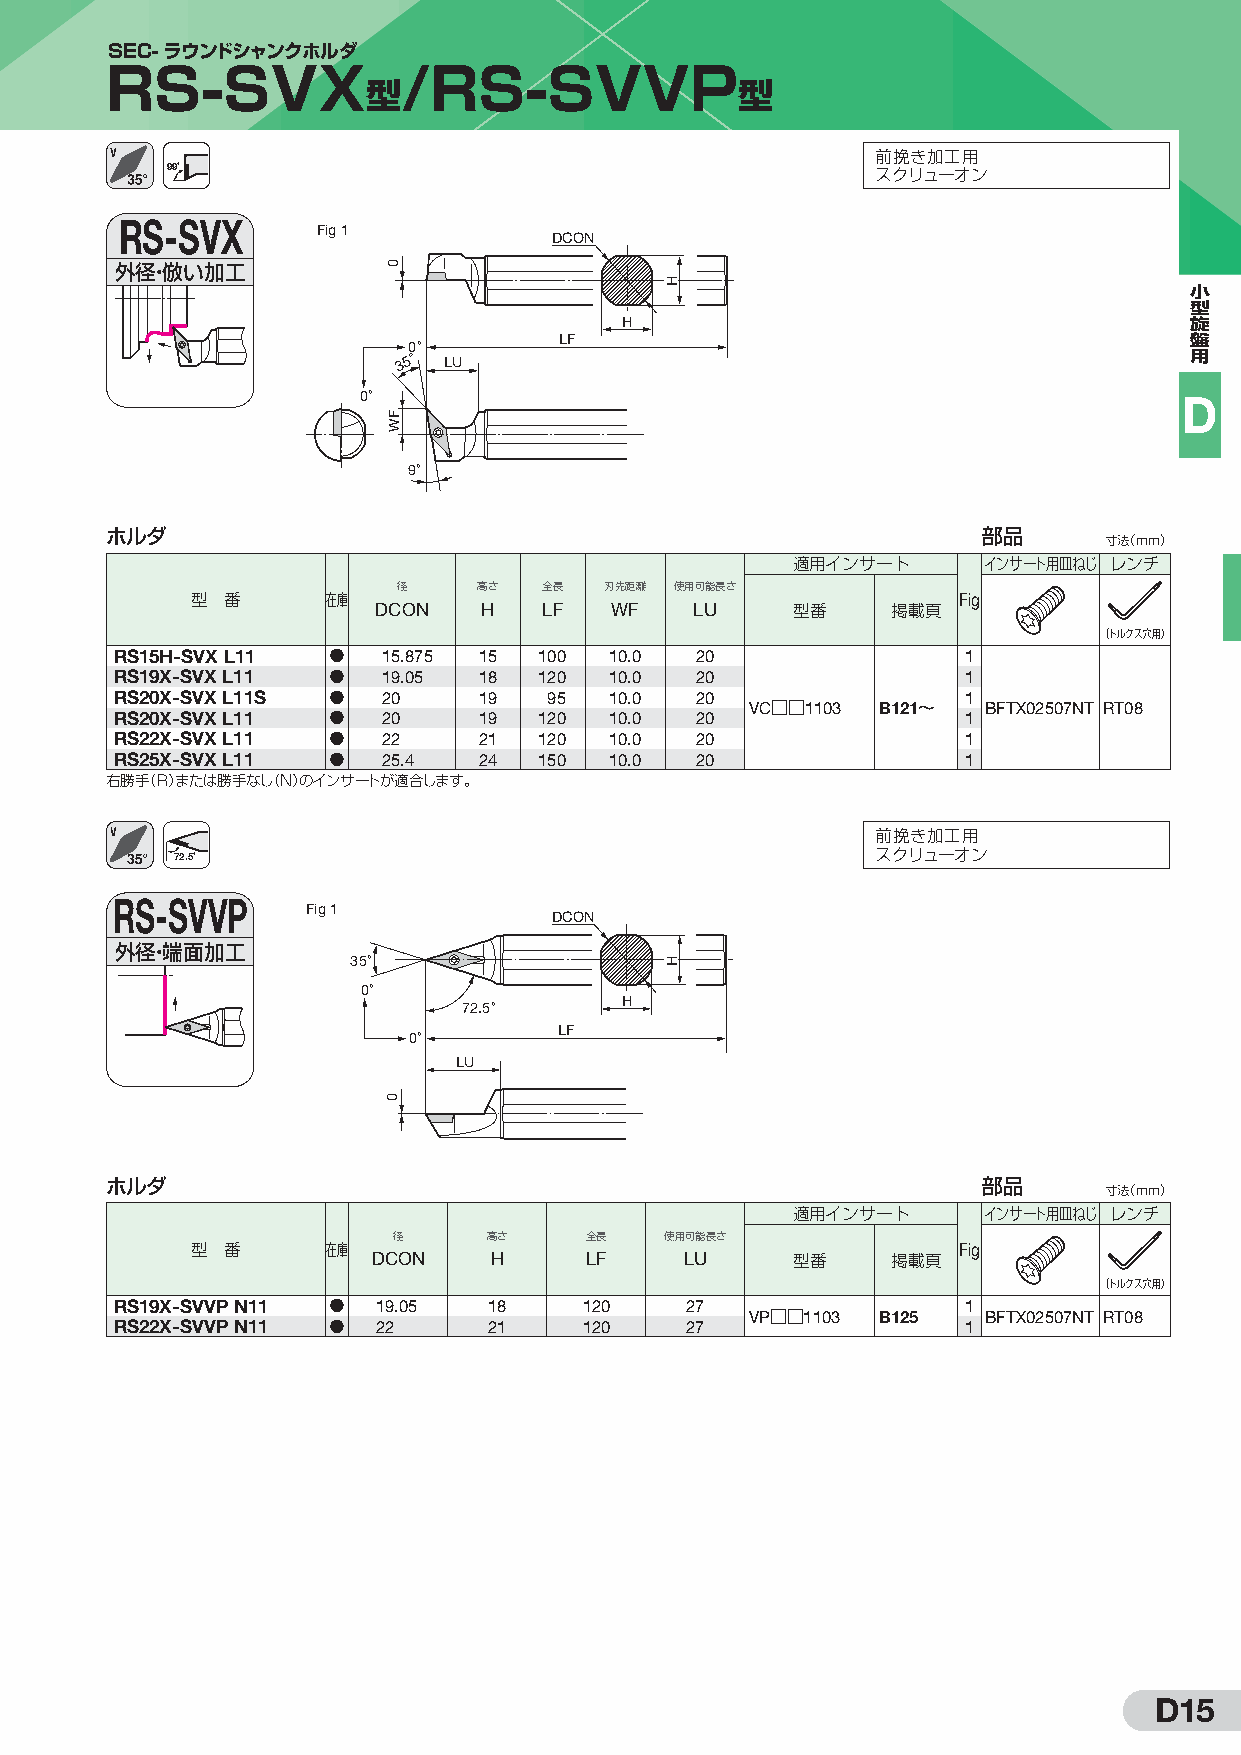
SEC-ラウンドシャンクホルダ
 RS-SVX              /RS-SVVP
 型                        型
 前挽き加工用
 99˚
 スクリューオン
 RS-SVX
 Fig 1
 DCON
 外径・倣い加工
 小
 型
 H                                     旋
 LF                                        盤
 3
 50 °°
 LU
 用
 0°                                                    D
 9°
 ホルダ                                                       部品
 寸法（mm）
 適用インサート      インサート用皿ねじ レンチ
 型 番      在庫 DC径 ON 高 Hさ 全 LF長 刃 W先距 F離 使用 L可 U能長さ Fig
 型番     掲載頁
 （トルクス穴用）
 RS15H-SVX L11 D  15.875 15  100 10.0  20                1
 RS19X-SVX L11 D  19.05  18  120 10.0  20                1
 R RS S2 20 0X X- -S SV VX
 X
 L L1 11 1S D
 D
 2 20
 0
 1 19
 9
 19 25
 0
 1 10 0. .0
 0
 2 20
 0
 VC□□1103 B121〜 1
 1
 BFTX02507NT RT08
 RS22X-SVX L11 D  22     21  120 10.0  20                1
 RS25X-SVX L11 D  25.4   24  150 10.0  20                1
 右勝手（R）または勝手なし（N）のインサートが適合します。
 前挽き加工用
 72.5˚                                         スクリューオン
 RS-SVVP
 Fig 1
 DCON
 外径・端面加工
 35°
 0°
 72.5°     H
 LF
 0°
 LU
 ホルダ                                                       部品
 寸法（mm）
 適用インサート      インサート用皿ねじ レンチ
 型 番      在庫 DC径 ON 高 Hさ   全 LF長 使用 L可 U能長さ        Fig
 型番     掲載頁
 （トルクス穴用）
 R RS S1 29 2X X- -S SV VV VP
 P
 N N1 11
 1
 D
 D
 1 29 2.05 21 18 11 22 00 22 77 VP□□1103 B125 1
 1
 BFTX02507NT RT08
 D15
 0
 FW
 0
 H
 H